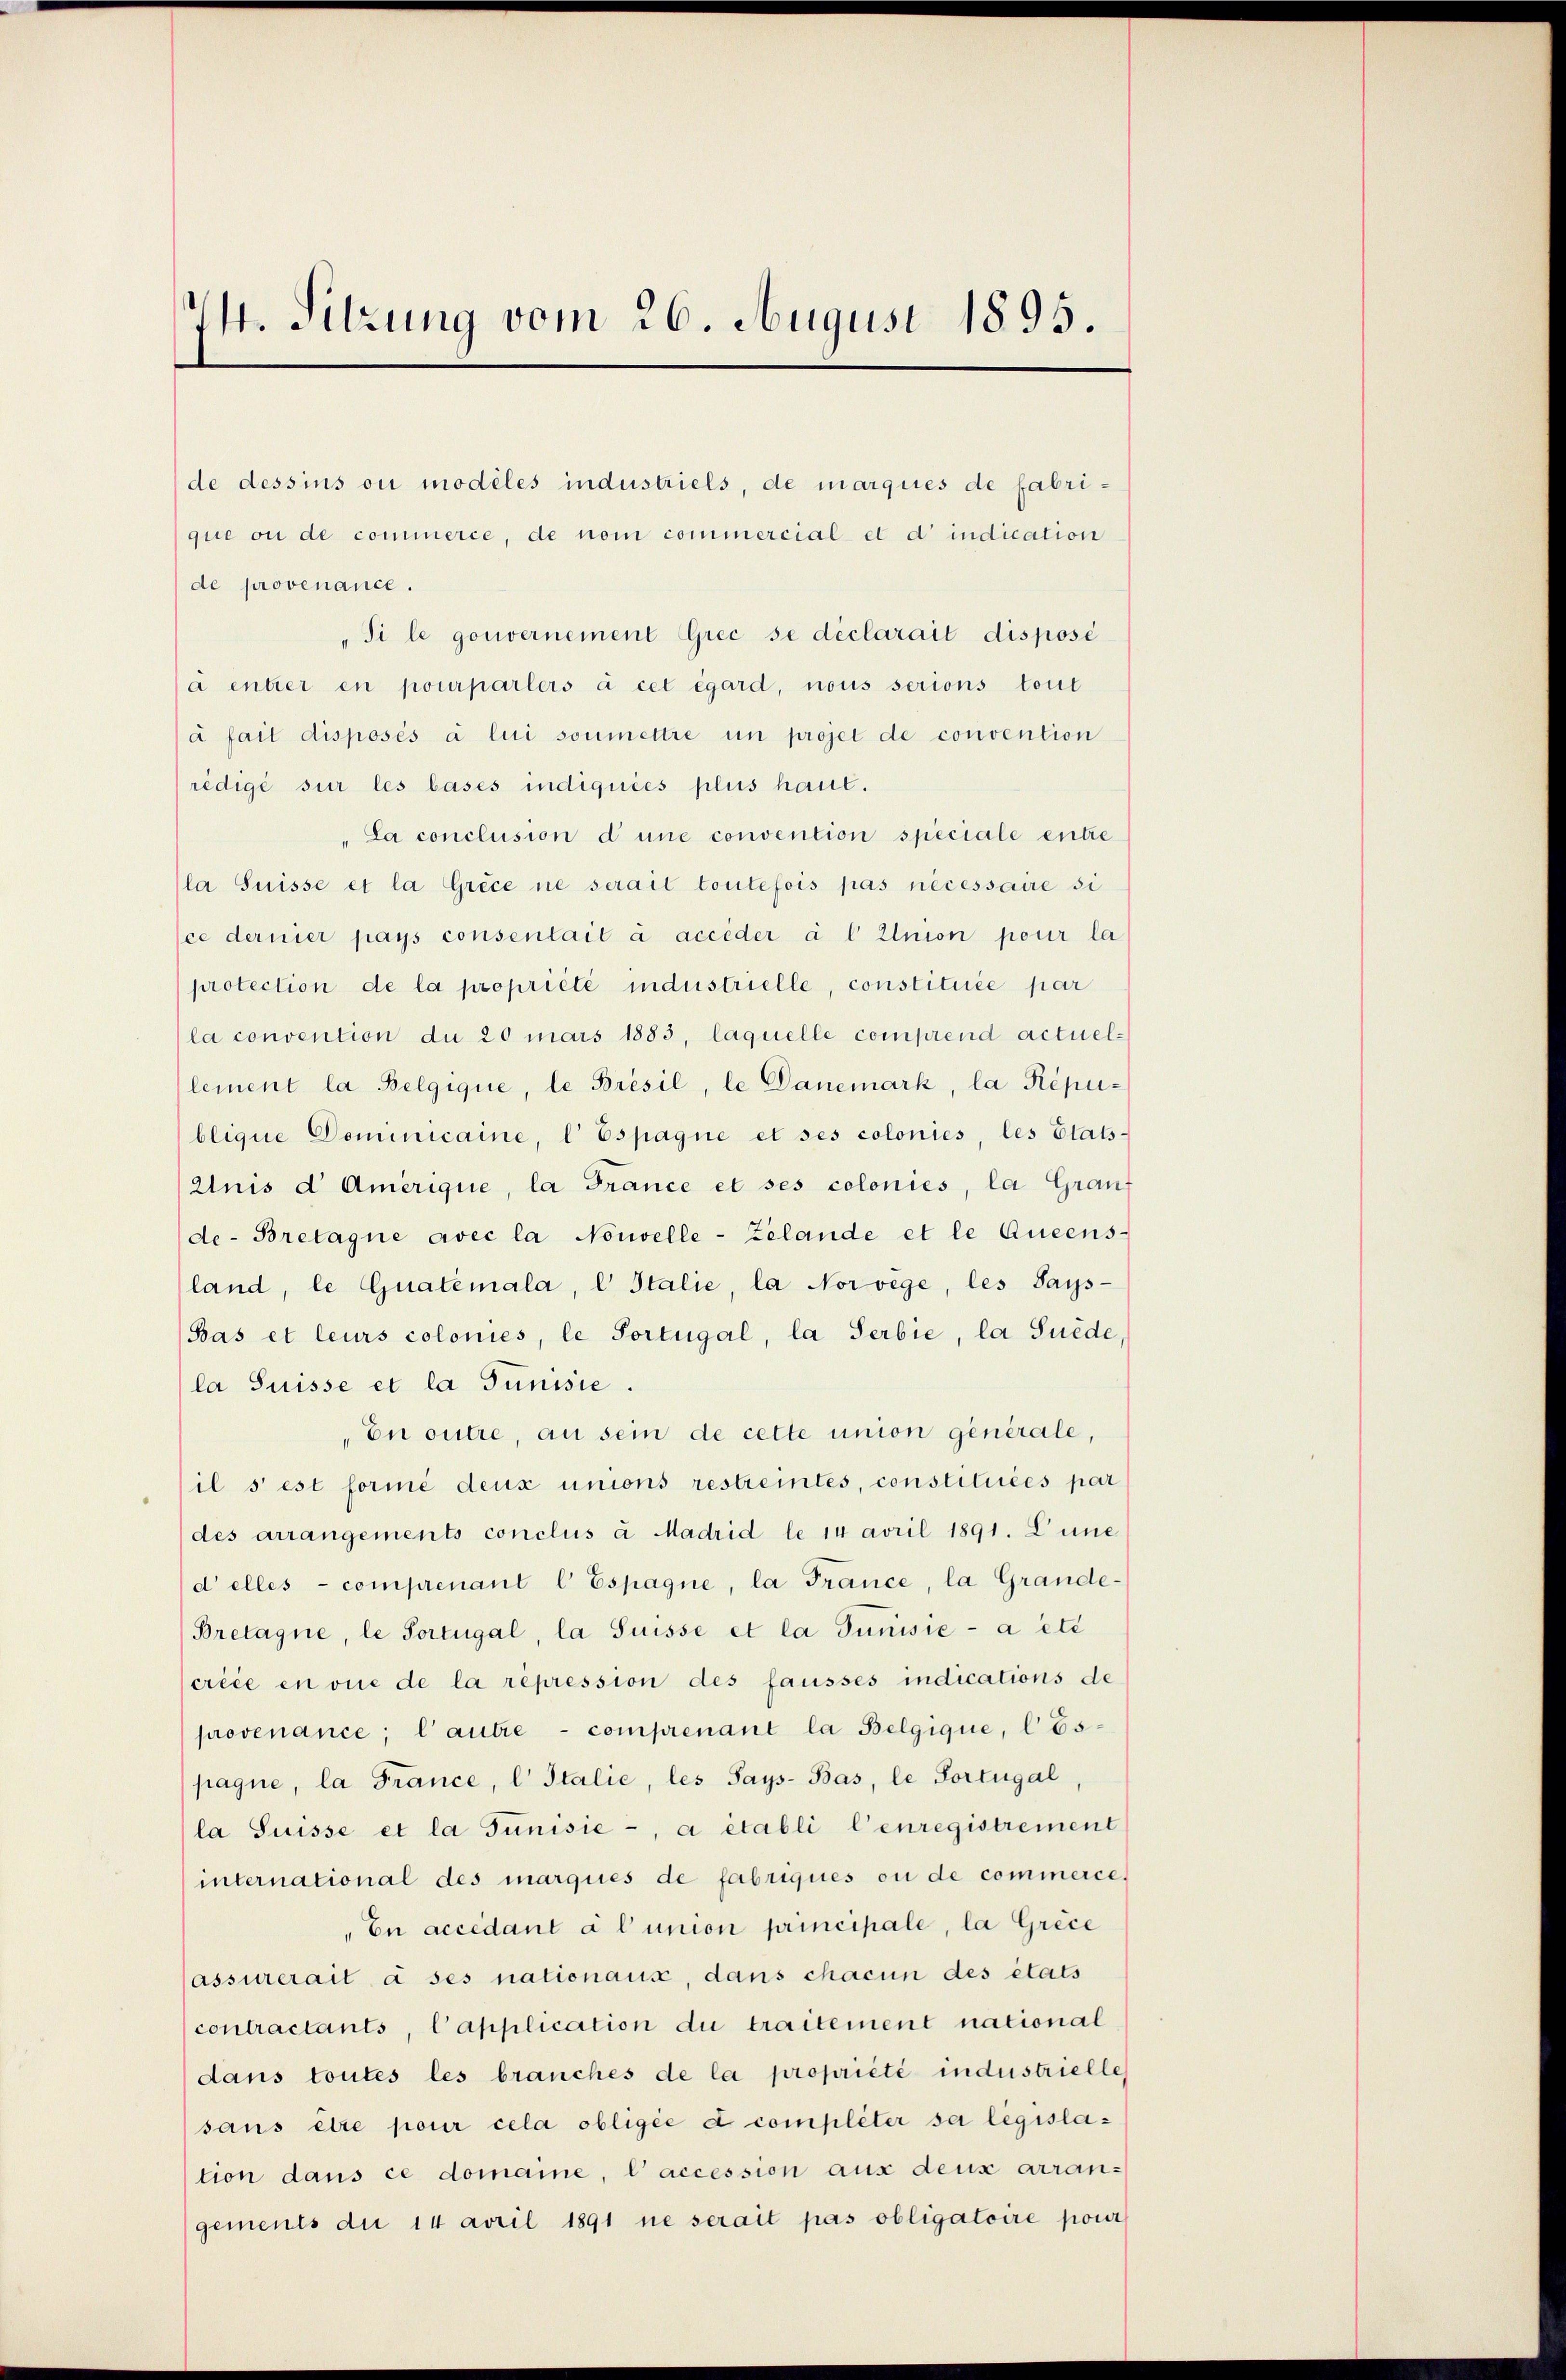
¼. Sitzung vom 26. August 1895.

de provenance.
à fait disposés à lui soumettre in projet de convention
rédigé sur les bases indiquées plus haut.
La conclusion d une convention speciale entre
la Suisse et la Grece ne serait toutefois pas necessaire si
ce dernier pays consentait à accéder à l Union pour la
protection de la propriété industrielle, constituée par
la convention du 20 mars 1883, laquelle comprend actuel-
lement la Belgique, le Présil, le Danemark, la République Dominicaine, 1 Espagne et ses colonies, les Etats-
Anis d Amerique, la France et ses colonies, la Grauf
de-Bretagne avec la Nouvelle - Zelande et le Queens-
land, le Qualemala, l Italie, la Norwege, les Says-
Bas et leurs colonies, le Portugal, la Serbie, la Suede,
la Suisse et la Junisie.
En outre, an sein de cette union générale,
il s’est formé deux unions restreintes, constituées par
des arrangements conclus à Madrid le 14 avril 1891. L’une
d elles comprenant l Espagne, la France, la Grande-
Bretagne, le Portugal, la Suisse et la Junisie- a été
créée en vie de la repression des fausses indications de
provenance, l’autre comprenant la Belgique, lEspagne, la France, l Italie, les Says-Bas, le Portugal
la Suisse et la Junisie -, a établi l’enregistrement
international des marques de fabriques ou de commerces
„En accedant à l’union principale, la Grece
assurerait à ses nationaus, dans chacun des états
contractants, Capplication du traitement national
dans toutes les brauches de la propriété industrielle
sans être pour cela obligée a compléter sa legislation dans ce domaine, l’accession aus deux arrangements die 14 avril 1891 ne serait pas obligatoire pour

de dessins ou modiles industriels, de marques de fabrique ou de commerce, de nom commercial et d’indication
„Si le gouvernement Grec se déclarait disposé
à entrer en pourparlers à cet égard, nous serions tout